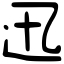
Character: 迅